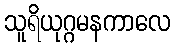
သူရိယုဂ္ဂမနကာလေ